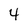
Character: 4